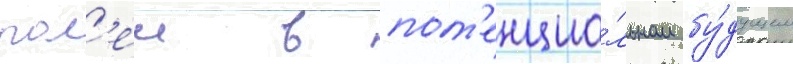
рол'еи в пот'енциа́льном бу́дущем